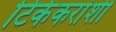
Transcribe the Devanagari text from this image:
टिकेकरांशी